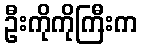
ဦးကိုကိုကြီးက